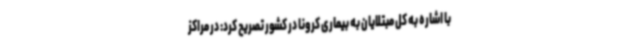
با اشاره به کل مبتلایان به بیماری کرونا در کشور تصریح کرد: در مراکز